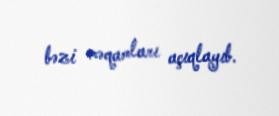
bəzi məqamları açıqlayıb.